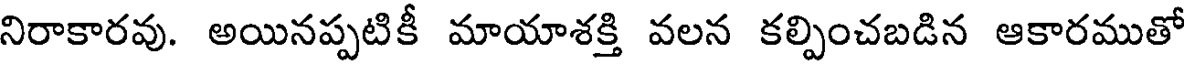
నిరాకారవు. అయినప్పటికీ మాయాశక్తి వలన కల్పించబడిన ఆకారముతో